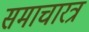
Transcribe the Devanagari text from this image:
समाचारत्र